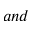
a n d